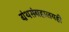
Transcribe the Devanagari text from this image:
ग्रंथसंग्रहालयही